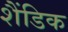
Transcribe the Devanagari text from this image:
शैंडिक